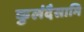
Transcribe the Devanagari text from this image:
कुलंदैसामि